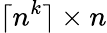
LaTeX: \lceil n^{k}\rceil\times n